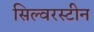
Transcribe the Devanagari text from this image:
सिल्वरस्टीन